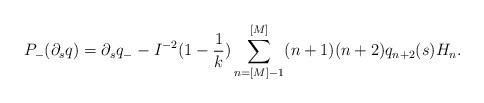
LaTeX: \begin{align*} P_-(\partial_s q)=\partial_s q_- - I^{-2}(1-\frac{1}{k})\sum_{n=[M]-1}^{[M]}(n+1)(n+2)q_{n+2}(s)H_n. \end{align*}